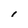
Character: I